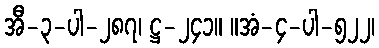
အီ-၃-ပါ-၂၈၇၊ ဋ္ဌ-၂၄၁။ ။အံ-၄-ပါ-၅၂၂၊